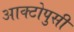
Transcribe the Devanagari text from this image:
आक्टोपुसी